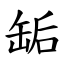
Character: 缿